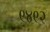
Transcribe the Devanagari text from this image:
९४९२